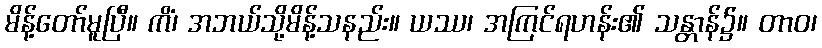
မိန့်တော်မူပြီ။ ကိံ၊ အဘယ်သို့မိန့်သနည်း။ ယဿ၊ အကြင်ရဟန်း၏ သန္တာန်၌။ တာဝ၊